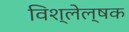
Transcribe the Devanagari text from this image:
विश्लेल्षक